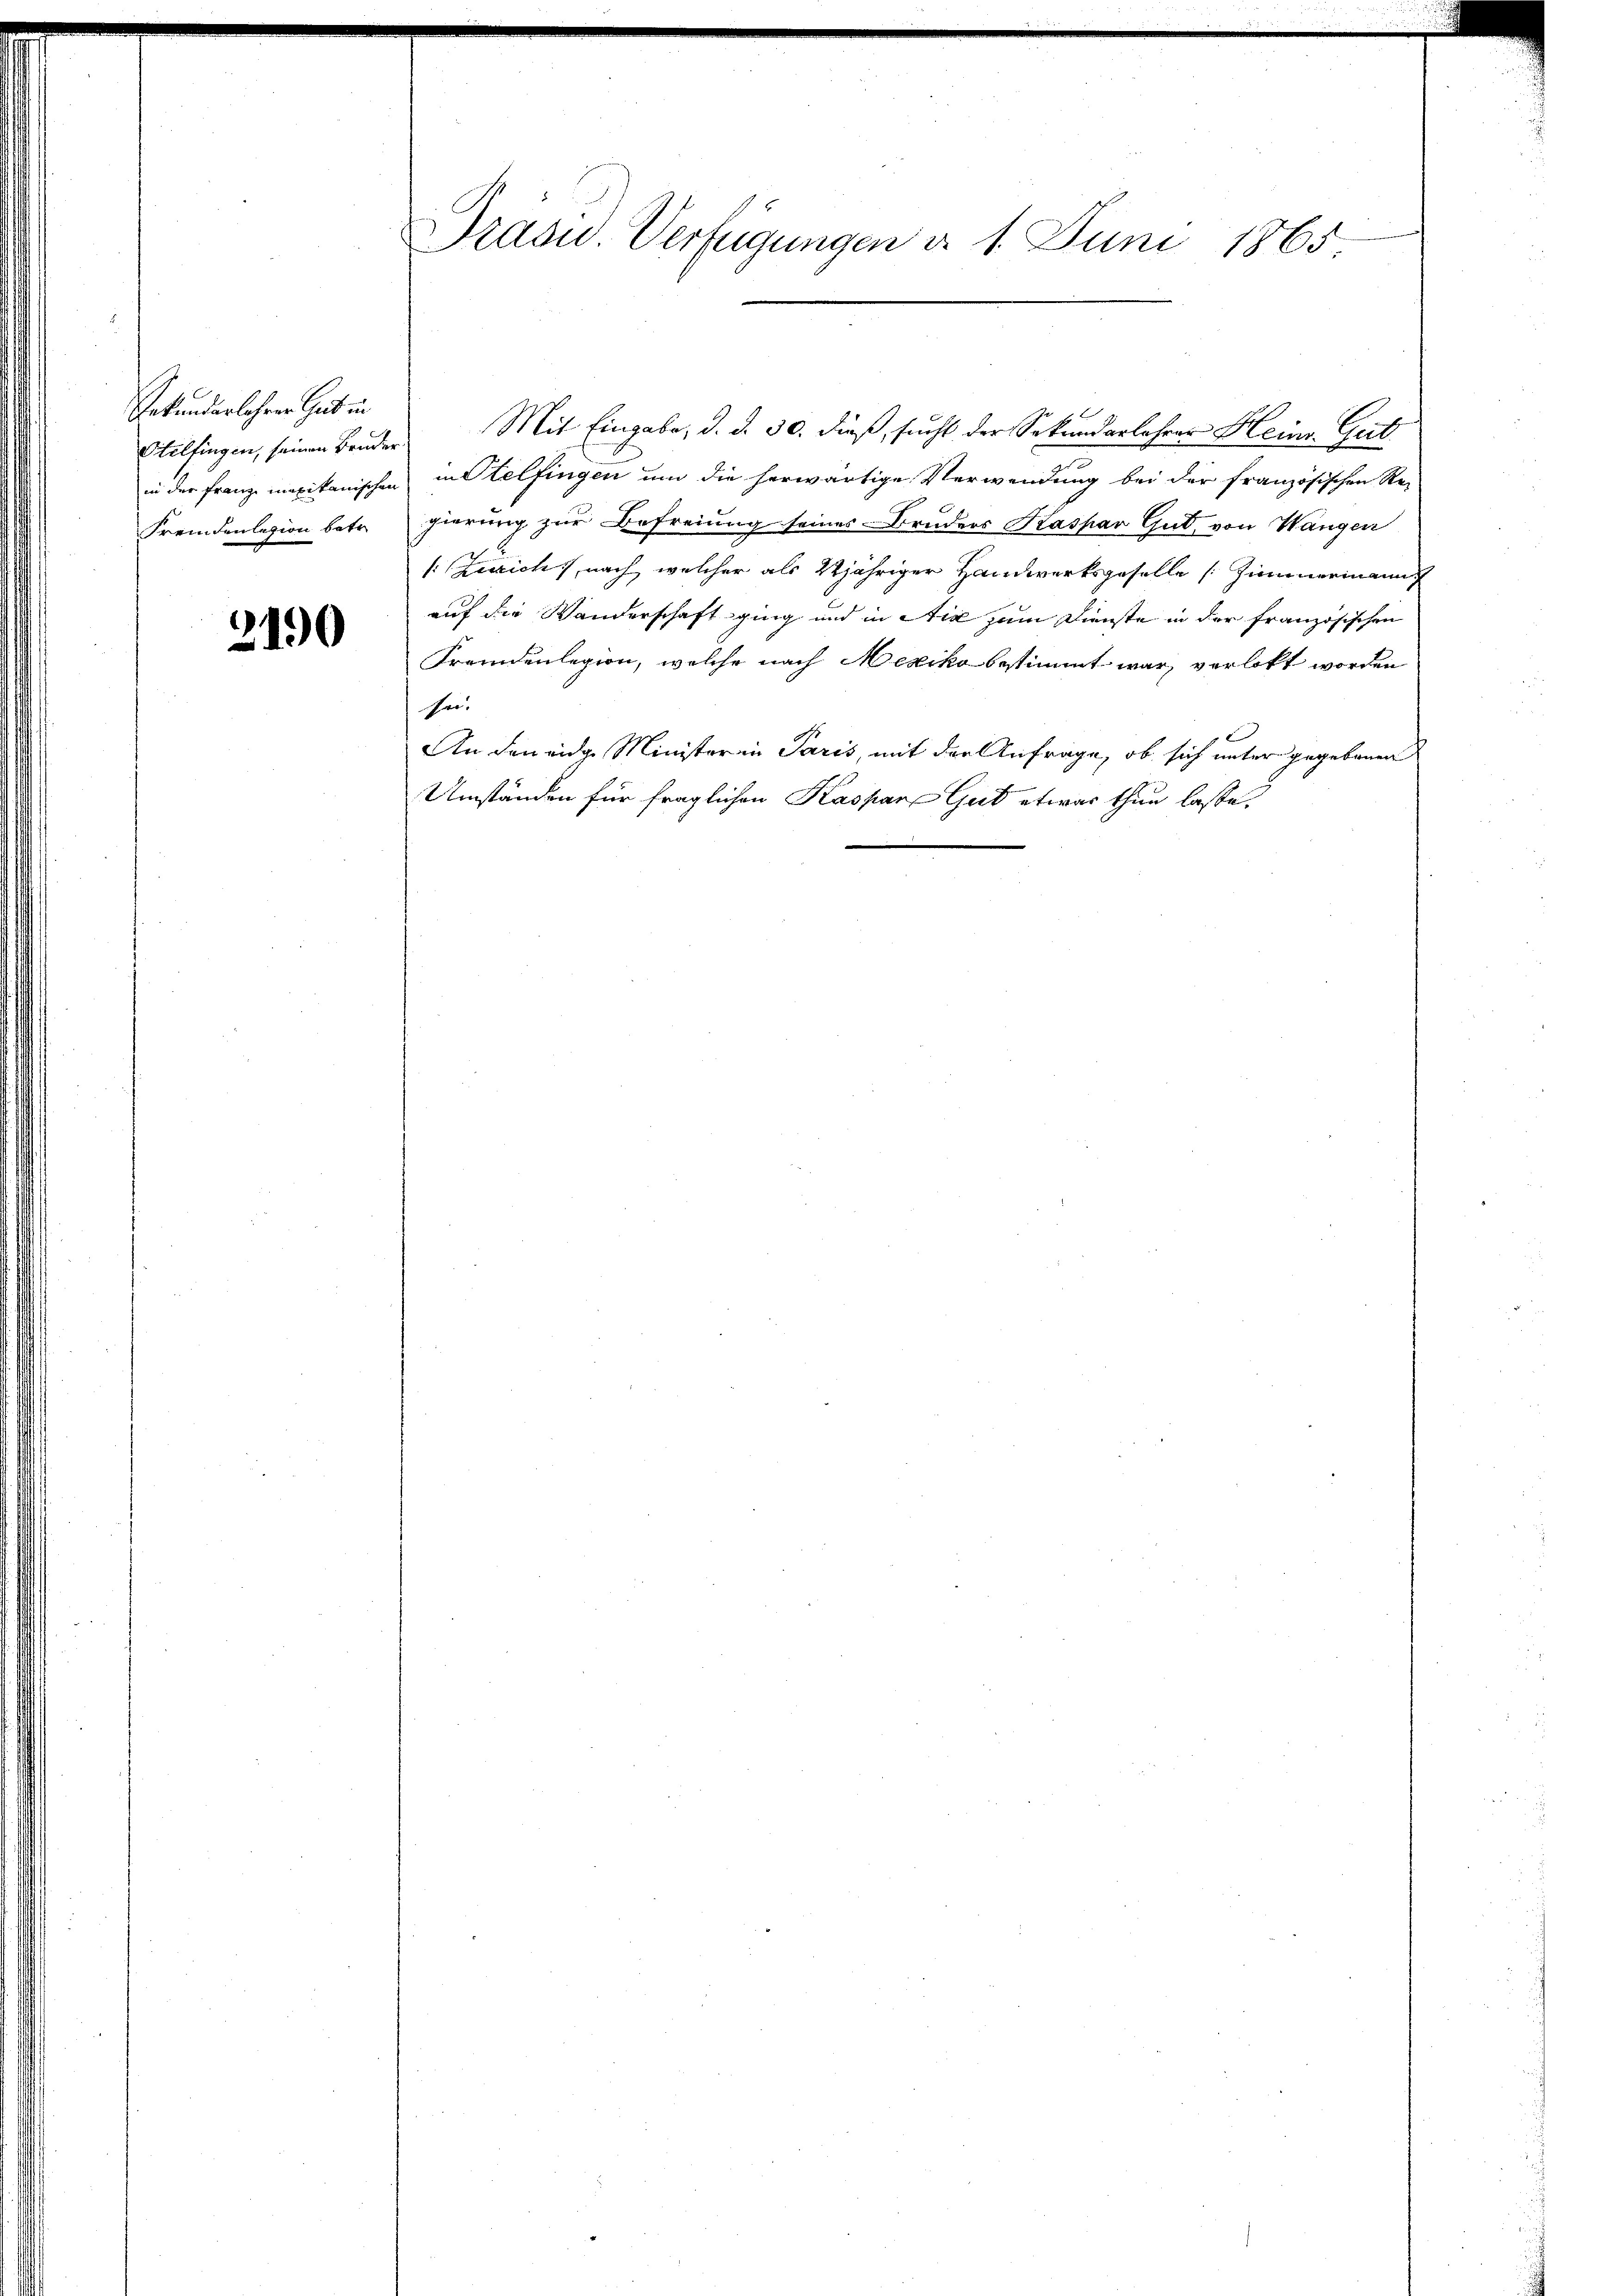
Gekundarlehrer Zeit in
Fremdenlegion betr.

2190

Brasid. Verfügungen d. 1. Juni 1865

Etilfingen, seinen Bruder Mit Eingabe, d. d. 30. dieß, sucht der Sekundarlehrer Heinr. Gutin der Franz mexikanischen in Stelfingen um die herwärtige Verwendung bei der französischen Re-
gierung zur Befreiung seines Bruders Kaspar Gut, von Wangen
1: Zürich, nach, welcher als 2jähriger Handwerksgeselle (Zimmeringun
auf die Wanderschaft ging und in Aix zum Dienste in der französischen
Fremdenlegion, welche nach Mexiko bestimmt war, verlebt worden
ei.
An den eidge Ministeren Paris, mit der Anfrage, ob sich unter gegebenen
Umständen für fraglichen Kaspar Gut etwas thun lasse.